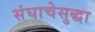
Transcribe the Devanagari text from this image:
संघाचेसुद्धा